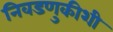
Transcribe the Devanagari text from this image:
निवडणुकीशी